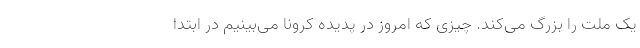
یک ملت را بزرگ می‌کند. چیزی که امروز در پدیده کرونا می‌بینیم در ابتدا